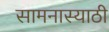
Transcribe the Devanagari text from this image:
सामनास्याठी